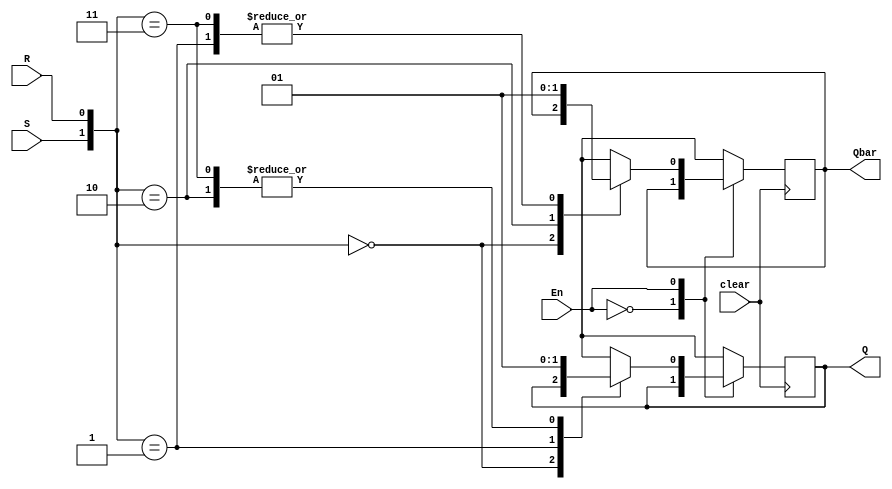
module SR_Latch_Async_Clear(Q, Qbar, S, R, En, clear);

	output Q, Qbar;
	input S, R, En, clear;
	reg Q, Qbar;
	
	always @(posedge clear)
		begin
		case(clear)
			1'b0:	begin
						Q <= Q;
						Qbar <= Qbar;
					end
			1'b1:	begin
						Q <= 1'b0;
						Qbar <= 1'b1;
					end
		endcase
		case (En)
				1'b0:
						begin
							Q <= Q;
						Qbar <= Qbar;
						end
				1'b1:
						case({S,R})
							2'b0: begin
										Q <= Q;
										Qbar <= Qbar;
									end
							2'b01: begin
										Q <= 1'b0;
										Qbar <= 1'b1;
									end
							2'b10: begin
										Q <= 1'b1;
										Qbar <= 1'b0;
									end
							2'b11: begin
										Q <= 1'b1;
										Qbar <= 1'b1;
									end
						endcase
			endcase
		end
	
endmodule